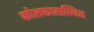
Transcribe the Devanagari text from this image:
कोलकातास्थित